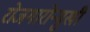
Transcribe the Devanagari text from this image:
रोजगारोन्मुखी